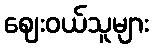
ဈေးဝယ်သူများ